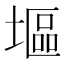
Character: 塸